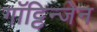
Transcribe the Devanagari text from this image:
गॉट्टिन्जेन